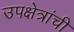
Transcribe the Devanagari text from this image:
उपक्षेत्रांची